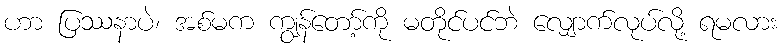
ဟာ ပြဿနာပဲ၊ အစ်မက ကျွန်တော့်ကို မတိုင်ပင်ဘဲ လျှောက်လုပ်လို့ ရမလား